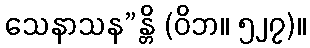
သေနာသန”န္တိ (ဝိဘ။ ၅၂၇)။